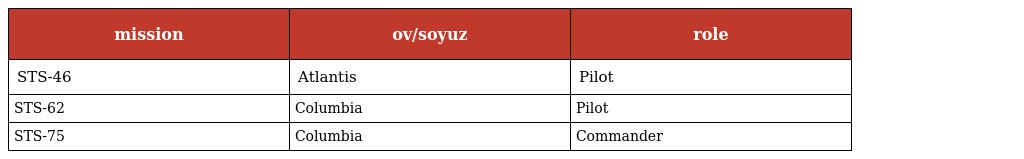
| mission | ov/soyuz | role |
 | --- | --- | --- |
 | STS-46 | Atlantis | Pilot |
 | STS-62 | Columbia | Pilot |
 | STS-75 | Columbia | Commander |